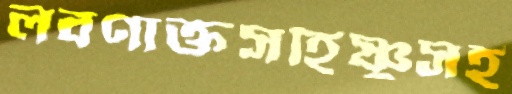
লবণাক্তসহিষ্ণুসহ